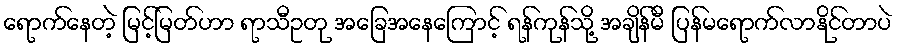
ရောက်နေတဲ့ မြင့်မြတ်ဟာ ရာသီဥတု အခြေအနေကြောင့် ရန်ကုန်သို့ အချိန်မီ ပြန်မရောက်လာနိုင်တာပဲ